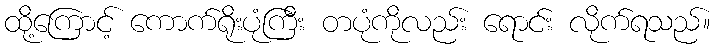
ထို့ကြောင့် ကောက်ရိုးပုံကြီး တပုံကိုလည်း ရောင်း လိုက်ရသည်။